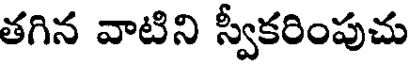
తగిన వాటిని స్వీకరింపుచు